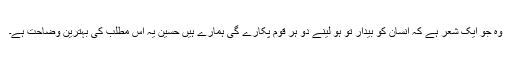
وہ جو ایک شعر ہے کہ انسان کو بیدار تو ہو لینے دو ہر قوم پکارے گی ہمارے ہیں حسینؑ یہ اس مطلب کی بہترین وضاحت ہے۔